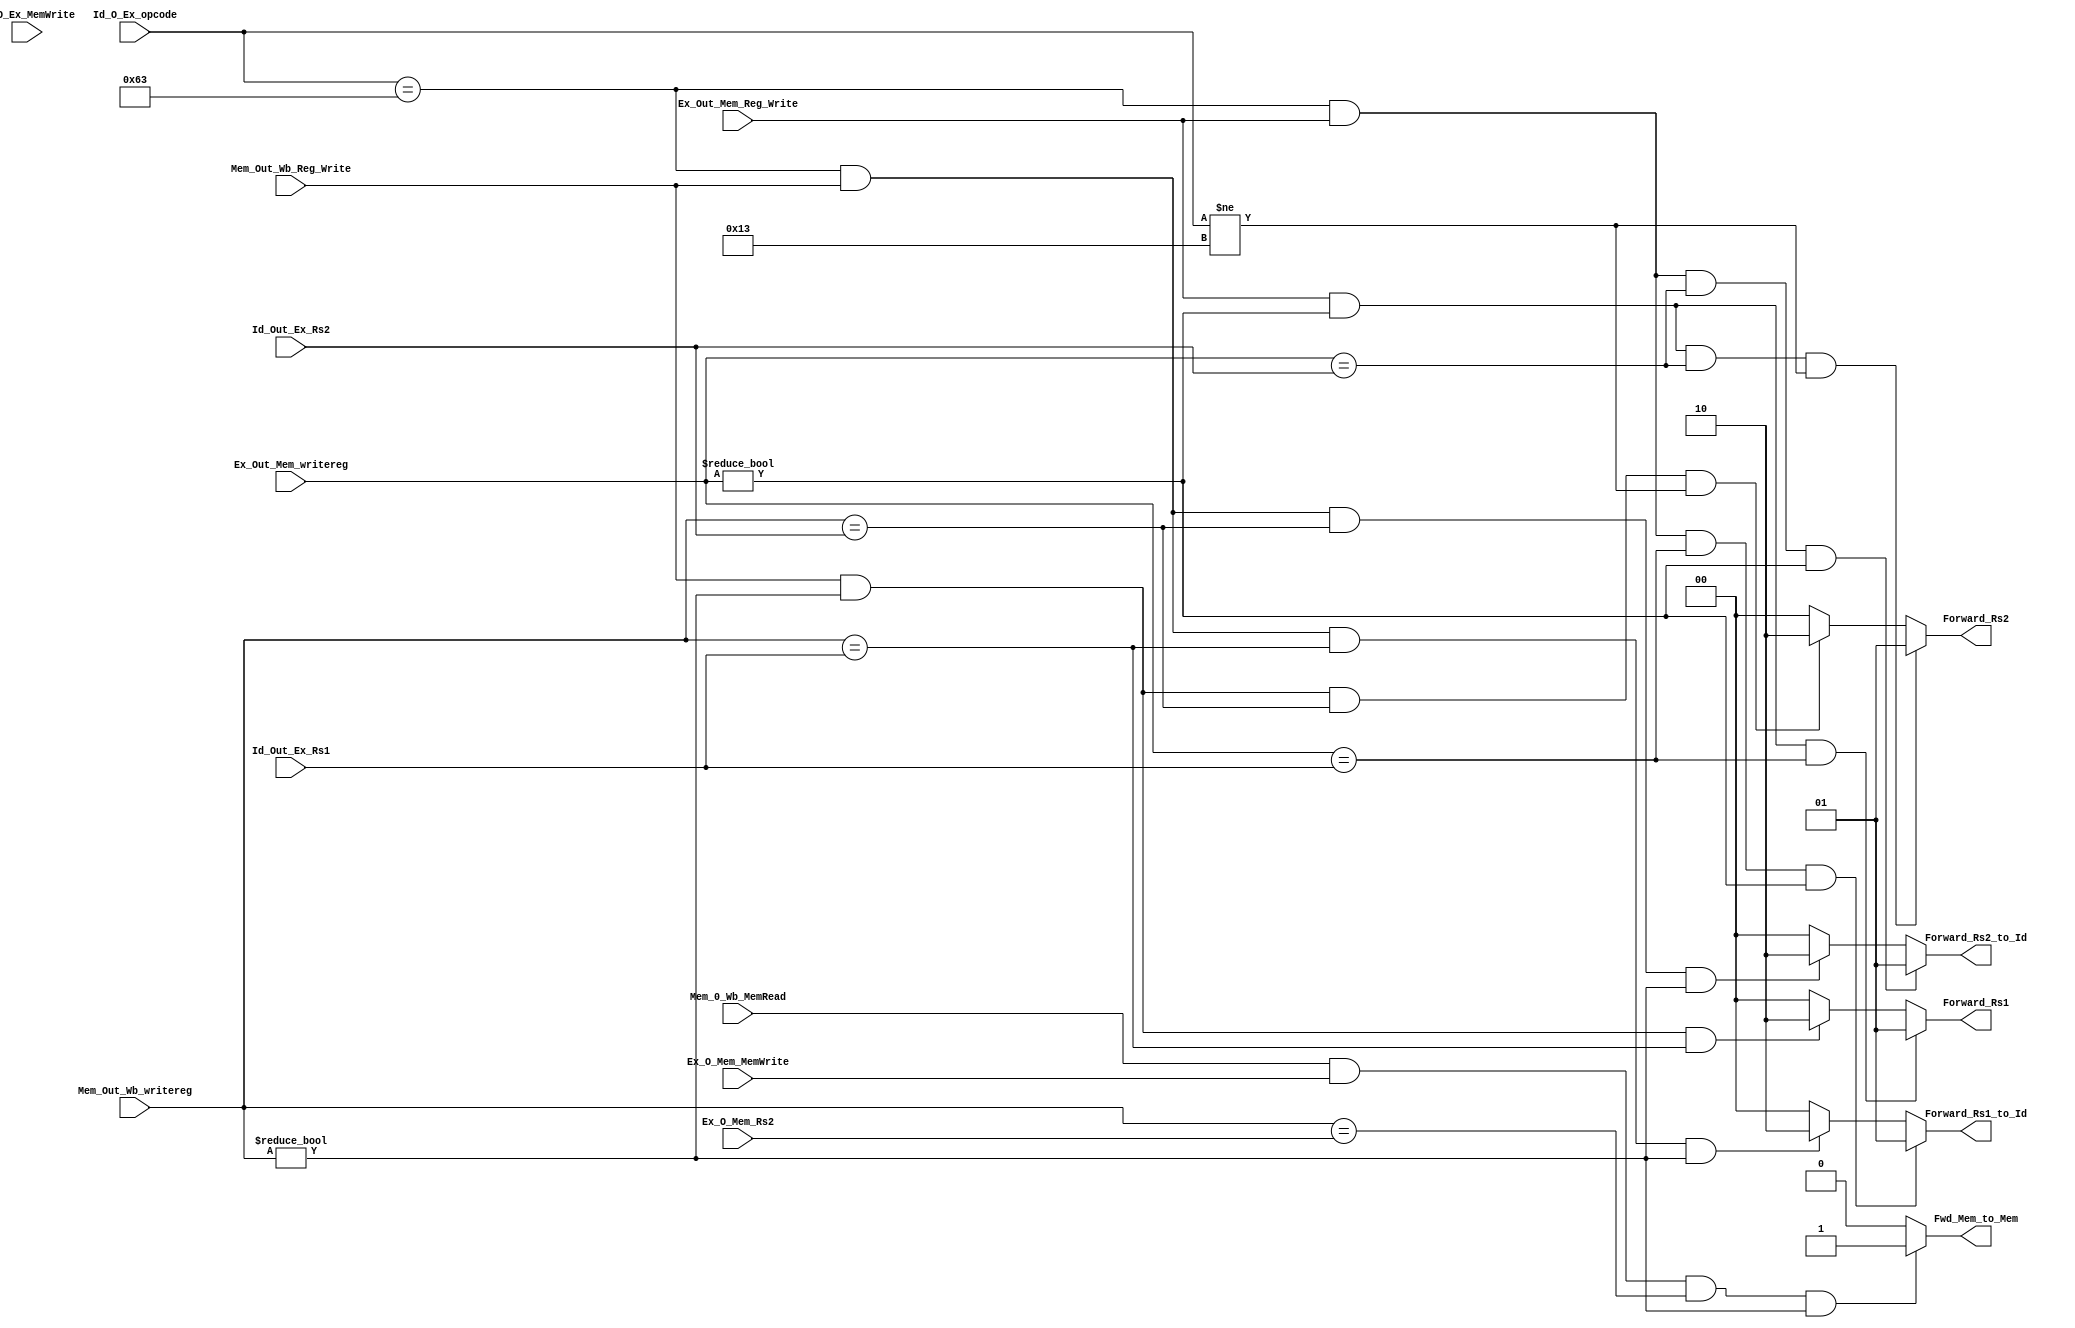
`timescale 1ns / 1ps
module Forward_unit(
    input Mem_0_Wb_MemRead,             // MEM/WB.Memread
input Ex_Out_Mem_Reg_Write,             // EX/MEM.Regwrite
input [4:0] Ex_Out_Mem_writereg,        // EX/MEM.RegisterRd
input Mem_Out_Wb_Reg_Write,             // MEM/WB.Regwrite
input [4:0] Mem_Out_Wb_writereg,        // MEM/WB.RegisterRd
input [4:0] Id_Out_Ex_Rs1,              // ID/EX.rs1
input [4:0] Id_Out_Ex_Rs2,              // ID/EX.rs2
input Id_O_Ex_MemWrite,                 // ID/EX.Memwrite
input [6:0] Id_O_Ex_opcode,             // ID/EX.Opcode
output reg [1:0] Forward_Rs1,
output reg [1:0] Forward_Rs2,
output reg [1:0] Forward_Rs1_to_Id,
output reg [1:0] Forward_Rs2_to_Id,
input Ex_O_Mem_MemWrite,                // EX/MEM.Memwrite
input [4:0] Ex_O_Mem_Rs2,
output reg Fwd_Mem_to_Mem
    );
    
     always @(*)
           begin
           // ex to ex forwarding
           if( (Ex_Out_Mem_Reg_Write ==1)&(Ex_Out_Mem_writereg!=3'b000)&(Ex_Out_Mem_writereg==Id_Out_Ex_Rs1))
           Forward_Rs1 =2'b01 ;
           // mem to ex forwarind
           else if ((Mem_Out_Wb_Reg_Write ==1)&(Mem_Out_Wb_writereg!=3'b000)&(Mem_Out_Wb_writereg==Id_Out_Ex_Rs1))
           Forward_Rs1 =2'b10 ;
          // when forwarding is not required 
           else 
           Forward_Rs1 =2'b00;
           
           // ex to ex forwarding
           if( (Ex_Out_Mem_Reg_Write ==1)&(Ex_Out_Mem_writereg!=3'b000)&(Ex_Out_Mem_writereg==Id_Out_Ex_Rs2)&(Id_O_Ex_opcode != 7'b0010011))
           Forward_Rs2 =2'b01 ;
           // mem to ex forwarding
           else if ((Mem_Out_Wb_Reg_Write ==1)&(Mem_Out_Wb_writereg!=3'b000)&(Mem_Out_Wb_writereg==Id_Out_Ex_Rs2)&(Id_O_Ex_opcode != 7'b0010011))
           Forward_Rs2 =2'b10 ;
            // when forwarding is not required 
           else 
           Forward_Rs2 =2'b00;
           
            // ex to id forwarding
            if  (Id_O_Ex_opcode == 7'b1100011 &Ex_Out_Mem_Reg_Write == 1'b1 & Ex_Out_Mem_writereg==Id_Out_Ex_Rs1 &Ex_Out_Mem_writereg!=5'b00000 )
            Forward_Rs1_to_Id = 2'b01;
            // mem to id forwarding
            else if (Id_O_Ex_opcode == 7'b1100011 &Mem_Out_Wb_Reg_Write == 1'b1 & Mem_Out_Wb_writereg==Id_Out_Ex_Rs1 &Mem_Out_Wb_writereg!=5'b00000 ) 
            Forward_Rs1_to_Id = 2'b10;
            // when no forarding is required
            else
            Forward_Rs1_to_Id = 2'b00;
            
            // ex to id forwarding
             if  (Id_O_Ex_opcode == 7'b1100011 &Ex_Out_Mem_Reg_Write == 1'b1 & Ex_Out_Mem_writereg==Id_Out_Ex_Rs2 &Ex_Out_Mem_writereg!=5'b00000 )
             Forward_Rs2_to_Id = 2'b01;
             // mem to id forwarding
             else if (Id_O_Ex_opcode == 7'b1100011 &Mem_Out_Wb_Reg_Write == 1'b1 & Mem_Out_Wb_writereg==Id_Out_Ex_Rs2 &Mem_Out_Wb_writereg!=5'b00000 ) 
             Forward_Rs2_to_Id = 2'b10;
             // when no forarding is required
             else
             Forward_Rs2_to_Id = 2'b00;
           
               // mem to mem forwarding
             if((Mem_0_Wb_MemRead ==1'b1) & (Ex_O_Mem_MemWrite==1'b1) & (Mem_Out_Wb_writereg == Ex_O_Mem_Rs2) & (Mem_Out_Wb_writereg != 5'b00000))
             Fwd_Mem_to_Mem = 1'b1;
             else
             Fwd_Mem_to_Mem = 1'b0;
   
           
           end
endmodule